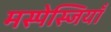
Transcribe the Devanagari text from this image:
मस्पेस्जियाँ